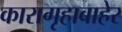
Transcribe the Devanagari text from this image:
कारागृहाबाहेर